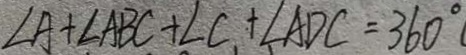
\angle A + \angle A B C + \angle C + \angle A D C = 3 6 0 ^ { \circ }